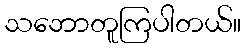
သဘောတူကြပါတယ်။